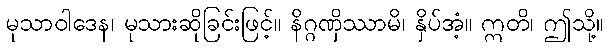
မုသာဝါဒေန၊ မုသားဆိုခြင်းဖြင့်။ နိဂ္ဂဏှိဿာမိ၊ နှိပ်အံ့။ ဣတိ၊ ဤသို့။